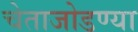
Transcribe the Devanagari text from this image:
चेताजोडण्या